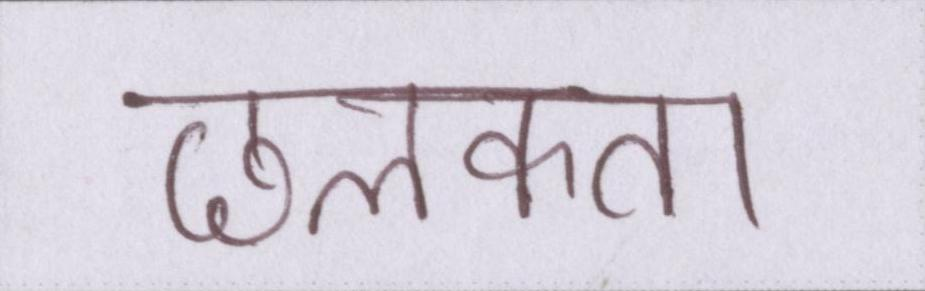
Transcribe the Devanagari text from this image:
छलकता